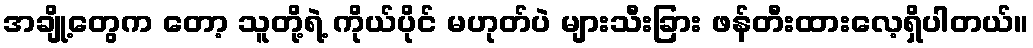
အချို့တွေက တော့ သူတို့ရဲ့ ကိုယ်ပိုင် မဟုတ်ပဲ များသီးခြား ဖန်တီးထားလေ့ရှိပါတယ်။